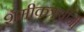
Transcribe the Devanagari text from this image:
शमीकऋषींनी